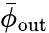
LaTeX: \bar{\phi}_{\mathrm{out}}